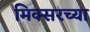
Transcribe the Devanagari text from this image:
मिक्सरच्या